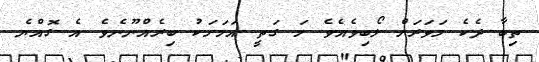
ތިބާ ދެކެ މަވަރަށް ލޯބިވެއެވެ މަ ގަތީ އަމަށަކު ބިރެއްނޫނެވެ އެ ގޮއްޔެ